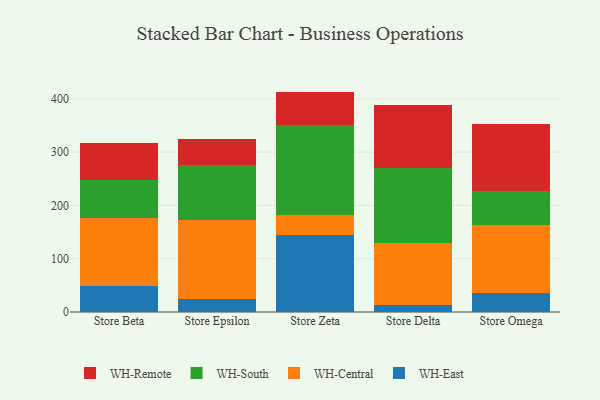
{"axis": {"x": "Store", "y": "Latency (ms)"}, "legend": ["WH-Central", "WH-East", "WH-Remote", "WH-South"], "data": [{"x": "Store Beta", "y": 48.3, "type": "WH-East"}, {"x": "Store Beta", "y": 127.4, "type": "WH-Central"}, {"x": "Store Beta", "y": 71.8, "type": "WH-South"}, {"x": "Store Beta", "y": 69.8, "type": "WH-Remote"}, {"x": "Store Epsilon", "y": 24.0, "type": "WH-East"}, {"x": "Store Epsilon", "y": 147.9, "type": "WH-Central"}, {"x": "Store Epsilon", "y": 103.2, "type": "WH-South"}, {"x": "Store Epsilon", "y": 50.3, "type": "WH-Remote"}, {"x": "Store Zeta", "y": 145.2, "type": "WH-East"}, {"x": "Store Zeta", "y": 37.7, "type": "WH-Central"}, {"x": "Store Zeta", "y": 167.9, "type": "WH-South"}, {"x": "Store Zeta", "y": 62.7, "type": "WH-Remote"}, {"x": "Store Delta", "y": 13.3, "type": "WH-East"}, {"x": "Store Delta", "y": 116.9, "type": "WH-Central"}, {"x": "Store Delta", "y": 140.7, "type": "WH-South"}, {"x": "Store Delta", "y": 117.7, "type": "WH-Remote"}, {"x": "Store Omega", "y": 34.9, "type": "WH-East"}, {"x": "Store Omega", "y": 127.6, "type": "WH-Central"}, {"x": "Store Omega", "y": 65.3, "type": "WH-South"}, {"x": "Store Omega", "y": 124.8, "type": "WH-Remote"}]}